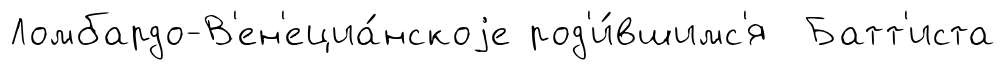
Ломбардо-В'ен'ециа́нскоjе род'и́вшимс'я Батт'иста